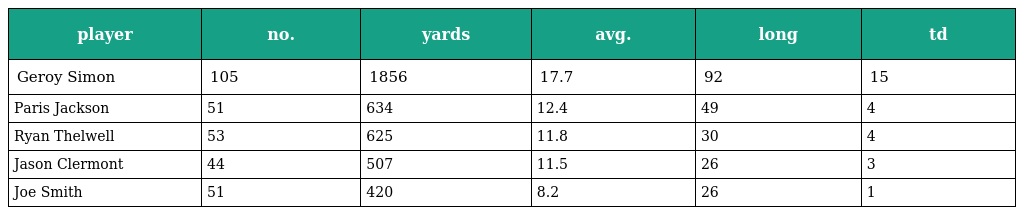
| player | no. | yards | avg. | long | td |
 | --- | --- | --- | --- | --- | --- |
 | Geroy Simon | 105 | 1856 | 17.7 | 92 | 15 |
 | Paris Jackson | 51 | 634 | 12.4 | 49 | 4 |
 | Ryan Thelwell | 53 | 625 | 11.8 | 30 | 4 |
 | Jason Clermont | 44 | 507 | 11.5 | 26 | 3 |
 | Joe Smith | 51 | 420 | 8.2 | 26 | 1 |